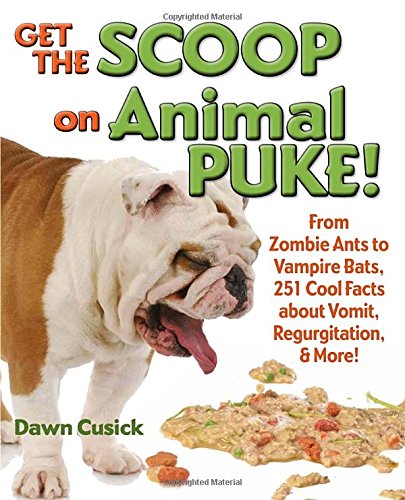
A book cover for Get the Scoop on Animal Puke!: From Zombie Ants to Vampire Bats, 251 Cool Facts about Vomit, Regurgitation, & More!; Dawn Cusick; Children's Books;